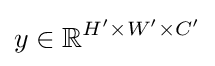
y\in \mathbb {R} ^{H'\times W'\times C'}